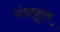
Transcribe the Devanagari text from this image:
गंधफूल